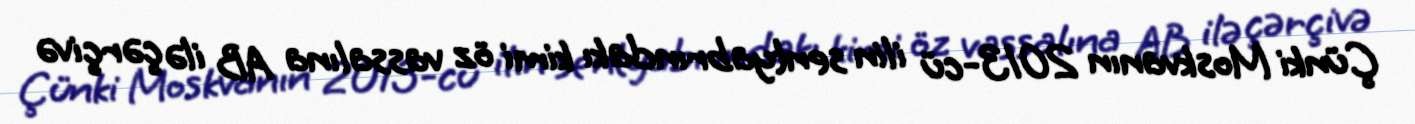
Çünki Moskvanın 2013-cü ilin sentyabrındakı kimi öz vassalına AB ilə çərçivə